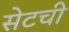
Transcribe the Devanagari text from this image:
सेटची